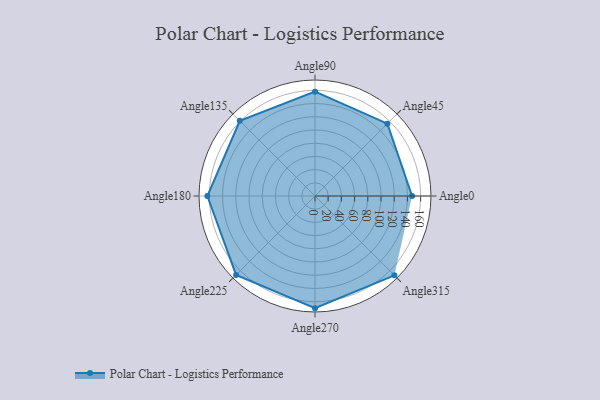
{"axis": {"x": "Angle", "y": "Radius"}, "legend": [""], "data": [{"x": "Angle0", "y": 147.0, "type": ""}, {"x": "Angle45", "y": 155.0, "type": ""}, {"x": "Angle90", "y": 158.0, "type": ""}, {"x": "Angle135", "y": 161.0, "type": ""}, {"x": "Angle180", "y": 163.0, "type": ""}, {"x": "Angle225", "y": 169.0, "type": ""}, {"x": "Angle270", "y": 170, "type": ""}, {"x": "Angle315", "y": 170, "type": ""}]}